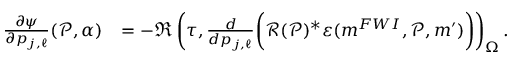
\begin{array} { r l } { \frac { \partial \psi } { \partial p _ { j , \ell } } ( \mathcal { P } , \alpha ) } & { = - \Re \left( \tau , \frac { d } { d p _ { j , \ell } } \bigg ( \mathcal { R } ( \mathcal { P } ) ^ { * } \boldsymbol { \varepsilon } ( \boldsymbol { m } ^ { F W I } , \mathcal { P } , \boldsymbol { m } ^ { \prime } ) \bigg ) \right) _ { \Omega } . } \end{array}